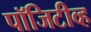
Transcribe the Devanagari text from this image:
पॉजिटीव्ह